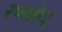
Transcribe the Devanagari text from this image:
रणछोङ्